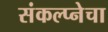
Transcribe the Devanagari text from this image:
संकल्प्नेचा